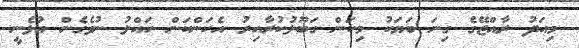
މިއަދު ރާއްޖޭގެ ގިނަ ބަޔަކު މިކަން ގަބޫލުކުރާއިރު އެކަންކަން ހައްލު ނުވެގެން އުޅެނީ